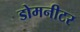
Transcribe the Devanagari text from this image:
डोमनीटर